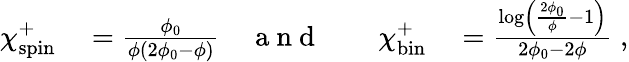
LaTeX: \begin{array}{rlrlrl}{\chi_{\mathrm{spin}}^{+}}&{{}=\frac{\phi_{0}}{\phi(2\phi_{0}-\phi)}}&{\mathrm{~a~n~d~}}&{{}}&{\chi_{\mathrm{bin}}^{+}}&{{}=\frac{\log\left(\frac{2\phi_{0}}{\phi}-1\right)}{2\phi_{0}-2\phi}\; ,}\end{array}